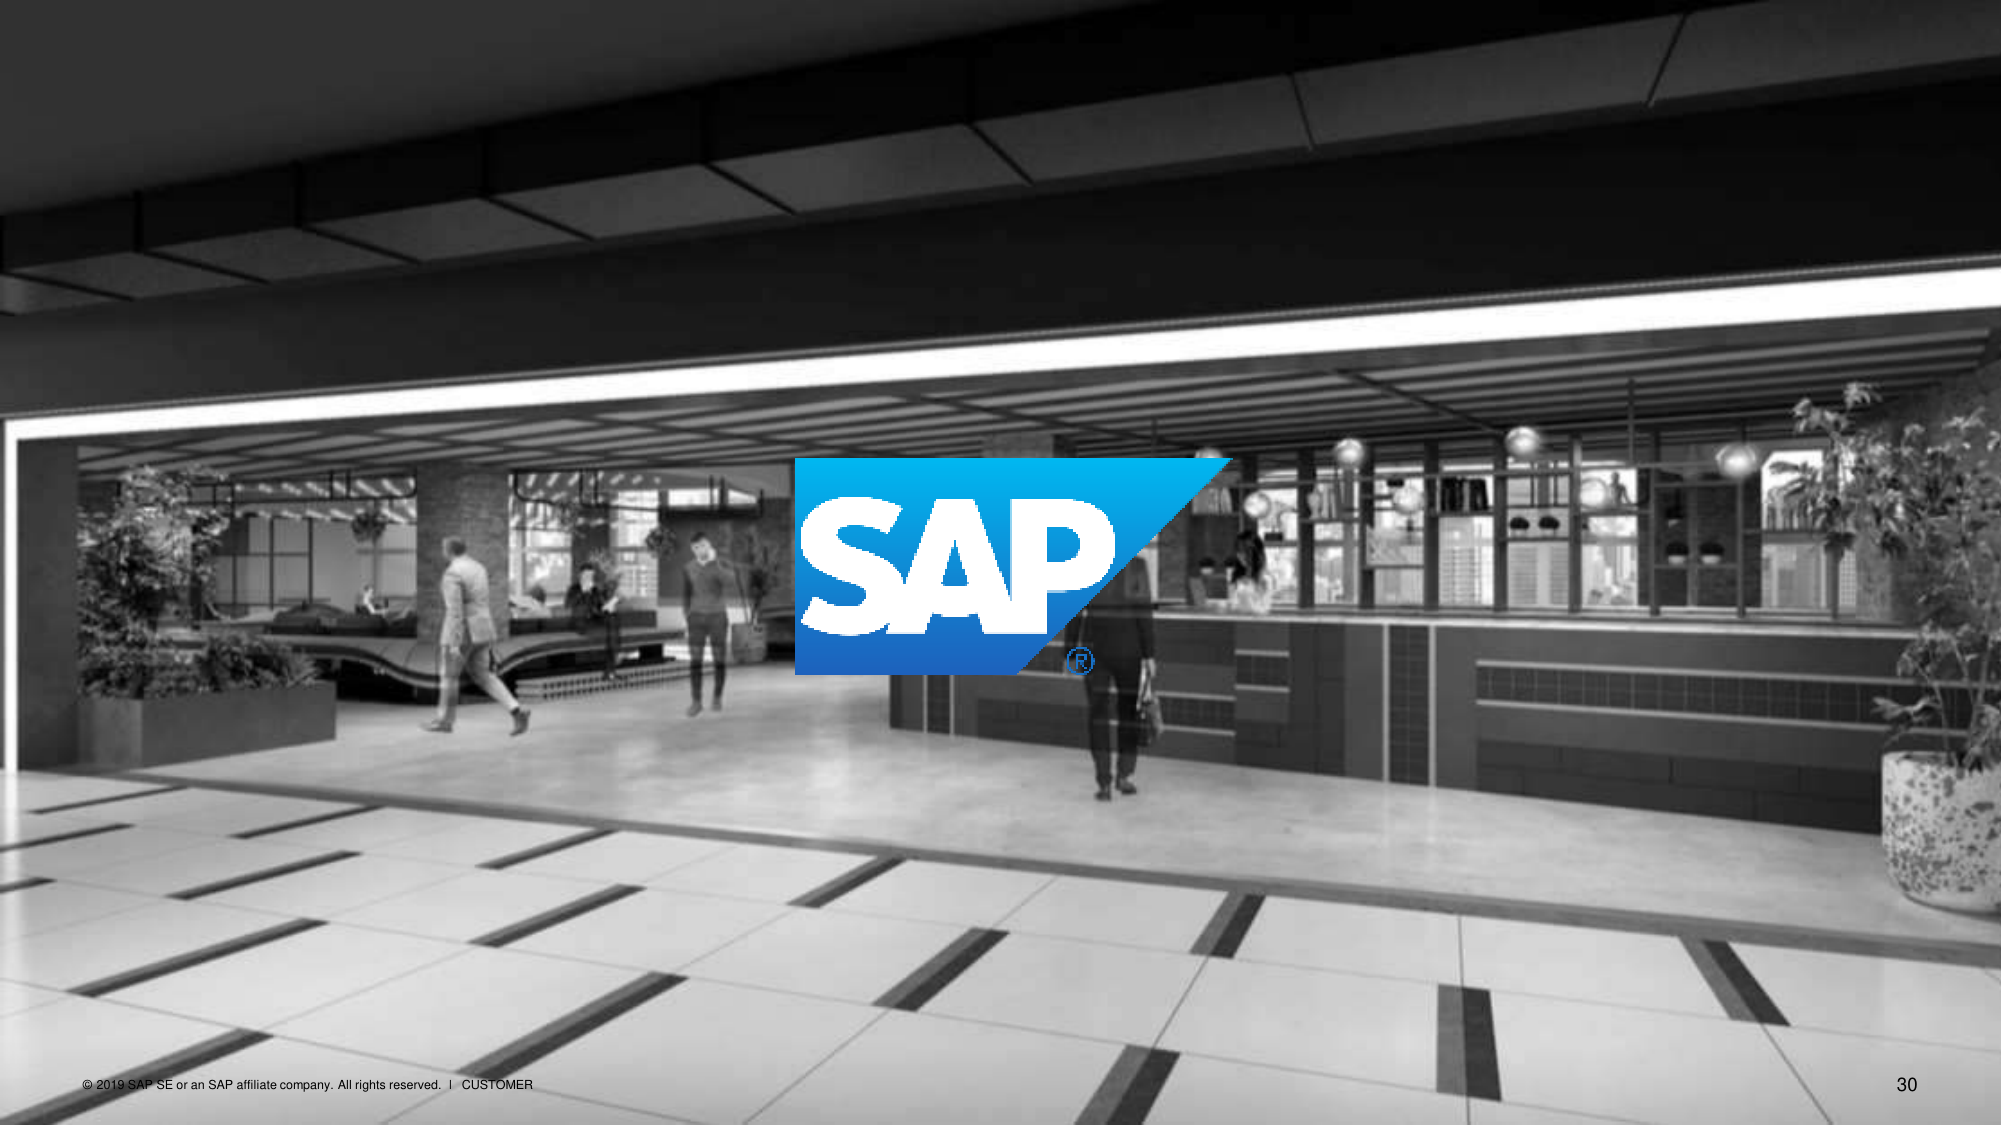
SAP®
© 2019 SAP SE or an SAP affiliate company. All rights reserved. | CUSTOMER
30